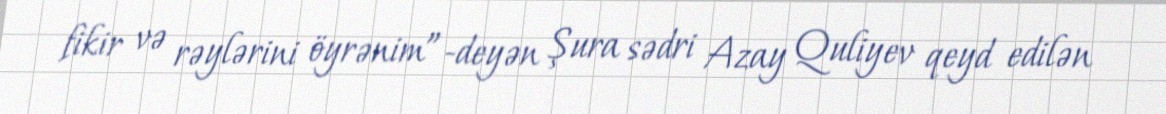
fikir və rəylərini öyrənim”-deyən Şura sədri Azay Quliyev qeyd edilən